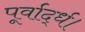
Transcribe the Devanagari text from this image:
पूर्वार्द्ध।